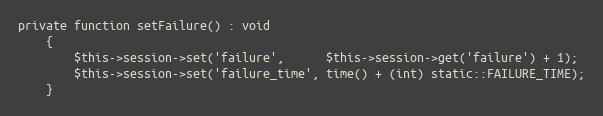
Language: PHP
private function setFailure() : void
    {
        $this->session->set('failure',      $this->session->get('failure') + 1);
        $this->session->set('failure_time', time() + (int) static::FAILURE_TIME);
    }